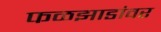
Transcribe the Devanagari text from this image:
फळझाडांवर